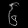
Digit: ၆